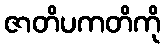
ဇာတိပကတိကို